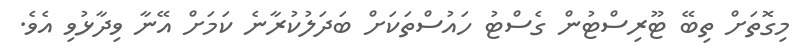
މިގޮތަށް ތިބޭ ޓޫރިސްޓުން ގެސްޓު ހައުސްތަކަށް ބަދަލުކުރާނެ ކަމަށް އޭނާ ވިދާޅުވި އެވެ.